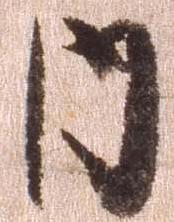
内